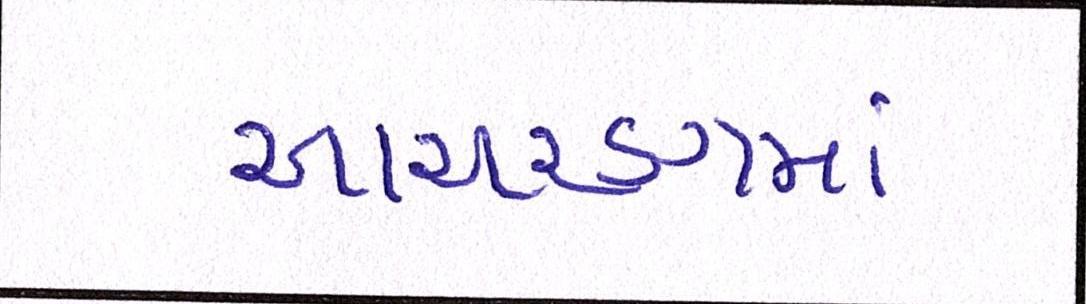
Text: આચરણમાં